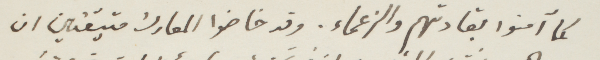
كما آمنوا بقادتهم والزعماء. وقد خاضوا المعارك متيقنين ان